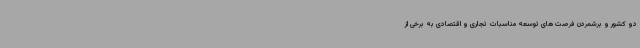
دو کشور و برشمردن فرصت های توسعه مناسبات تجاری و اقتصادی به برخی از